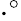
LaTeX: \cdot^{\circ}